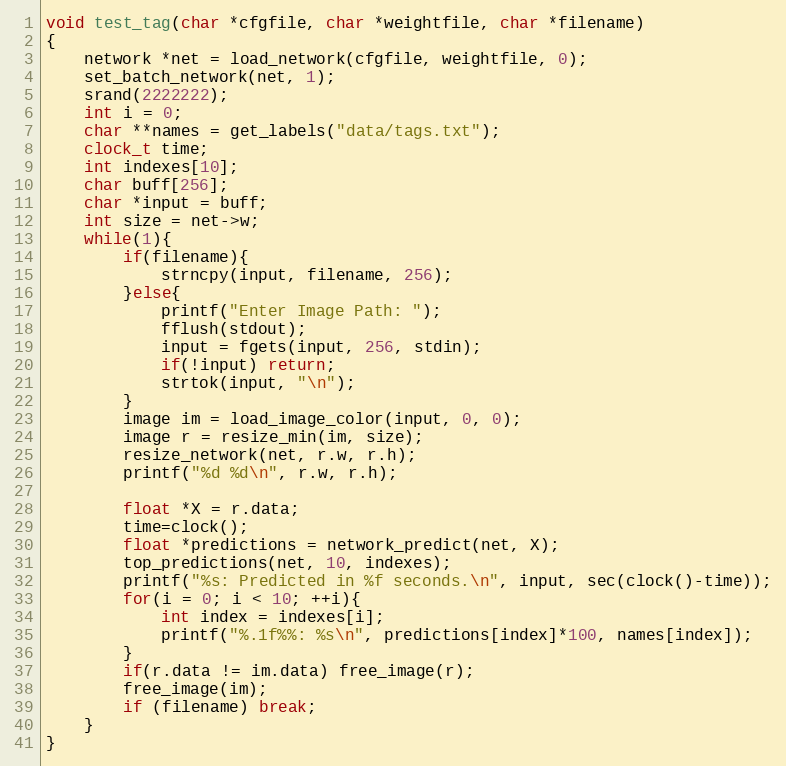
Language: C
void test_tag(char *cfgfile, char *weightfile, char *filename)
{
    network *net = load_network(cfgfile, weightfile, 0);
    set_batch_network(net, 1);
    srand(2222222);
    int i = 0;
    char **names = get_labels("data/tags.txt");
    clock_t time;
    int indexes[10];
    char buff[256];
    char *input = buff;
    int size = net->w;
    while(1){
        if(filename){
            strncpy(input, filename, 256);
        }else{
            printf("Enter Image Path: ");
            fflush(stdout);
            input = fgets(input, 256, stdin);
            if(!input) return;
            strtok(input, "\n");
        }
        image im = load_image_color(input, 0, 0);
        image r = resize_min(im, size);
        resize_network(net, r.w, r.h);
        printf("%d %d\n", r.w, r.h);

        float *X = r.data;
        time=clock();
        float *predictions = network_predict(net, X);
        top_predictions(net, 10, indexes);
        printf("%s: Predicted in %f seconds.\n", input, sec(clock()-time));
        for(i = 0; i < 10; ++i){
            int index = indexes[i];
            printf("%.1f%%: %s\n", predictions[index]*100, names[index]);
        }
        if(r.data != im.data) free_image(r);
        free_image(im);
        if (filename) break;
    }
}